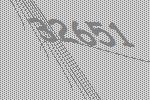
32651